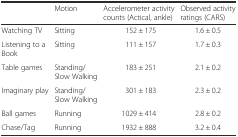
<table><thead><tr><td></td><td><b>Motion</b></td><td><b>Accelerometer activity counts (Actical, ankle)</b></td><td><b>Observed activity ratings (CARS)</b></td></tr></thead><tbody><tr><td>Watching TV</td><td>Sitting</td><td>152 ± 175</td><td>1.6 ± 0.5</td></tr><tr><td>Listening to a Book</td><td>Sitting</td><td>111 ± 157</td><td>1.7 ± 0.3</td></tr><tr><td>Table games</td><td>Standing/Slow Walking</td><td>183 ± 251</td><td>2.1 ± 0.2</td></tr><tr><td>Imaginary play</td><td>Standing/Slow Walking</td><td>301 ± 183</td><td>2.3 ± 0.2</td></tr><tr><td>Ball games</td><td>Running</td><td>1029 ± 414</td><td>2.8 ± 0.2</td></tr><tr><td>Chase/Tag</td><td>Running</td><td>1932 ± 888</td><td>3.2 ± 0.4</td></tr></tbody></table>